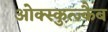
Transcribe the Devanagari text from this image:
ओक्स्कुत्ज्कैब